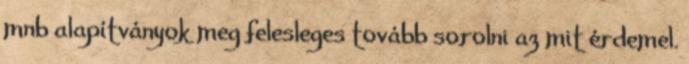
mnb alapítványok meg felesleges tovább sorolni az mit érdemel.